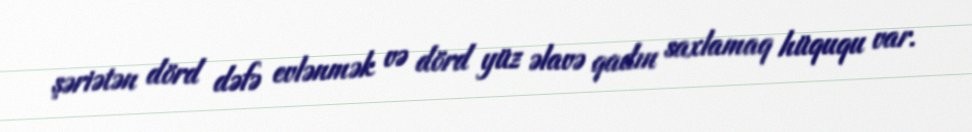
şəriətən dörd dəfə evlənmək və dörd yüz əlavə qadın saxlamaq hüququ var.